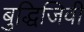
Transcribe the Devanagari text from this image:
बुद्धिजिवी